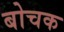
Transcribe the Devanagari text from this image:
बोचक